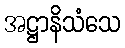
အဋ္ဌာနိသံသေ